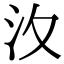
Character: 𣲋